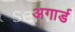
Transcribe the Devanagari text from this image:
अगार्ड